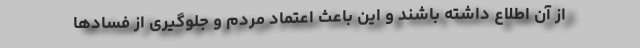
از آن اطلاع داشته باشند و این باعث اعتماد مردم و جلوگیری از فسادها